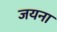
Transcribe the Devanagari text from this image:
जयना